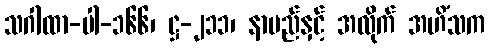
သဂါထာ-ပါ-၁၆၆၊ ဋ္ဌ-၂၁၁၊ နာမည်နှင့် အလိုက် အဟိံသက